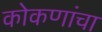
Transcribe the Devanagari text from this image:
कोकणांचा